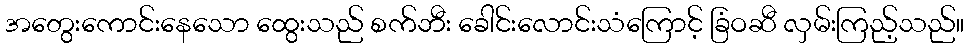
အတွေးကောင်းနေသော ထွေးသည် စက်ဘီး ခေါင်းလောင်းသံကြောင့် ခြံဝဆီ လှမ်းကြည့်သည်။